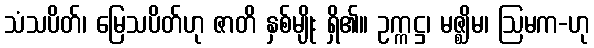
သံသပိတ်၊ မြေသပိတ်ဟု ဇာတိ နှစ်မျိုး ရှိ၏။ ဥက္ကဋ္ဌ၊ မဇ္ဈိမ၊ ဩမက-ဟု